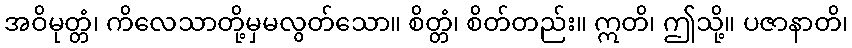
အဝိမုတ္တံ၊ ကိလေသာတို့မှမလွတ်သော။ စိတ္တံ၊ စိတ်တည်း။ ဣတိ၊ ဤသို့။ ပဇာနာတိ၊